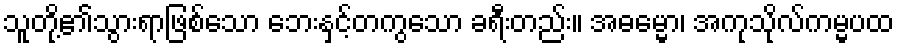
သူတို့၏သွားရာဖြစ်သော ဘေးနှင့်တကွသော ခရီးတည်း။ အဓမ္မော၊ အကုသိုလ်ကမ္မပထ